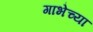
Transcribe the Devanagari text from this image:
गाभेच्या